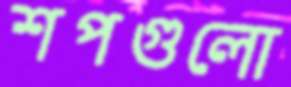
শপগুলো